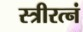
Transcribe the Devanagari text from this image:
स्त्रीरत्नं